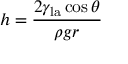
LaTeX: h = { \frac { 2 \gamma _ { \mathrm { l a } } \cos \theta } { \rho g r } }